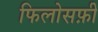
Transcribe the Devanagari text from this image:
फिलोसफ़ी